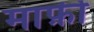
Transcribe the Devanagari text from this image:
मार्फ़ी